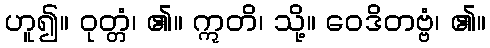
ဟူ၍။ ဝုတ္တံ၊ ၏။ ဣတိ၊ သို့။ ဝေဒိတဗ္ဗံ၊ ၏။